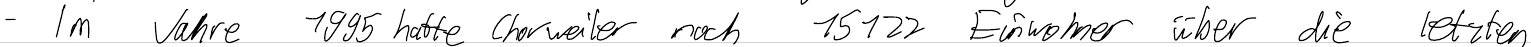
- Im Jahre 1995 hatte Chorweiler noch 15122 Einwohner über die letzten